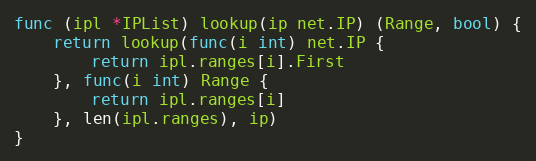
Language: Go
func (ipl *IPList) lookup(ip net.IP) (Range, bool) {
	return lookup(func(i int) net.IP {
		return ipl.ranges[i].First
	}, func(i int) Range {
		return ipl.ranges[i]
	}, len(ipl.ranges), ip)
}